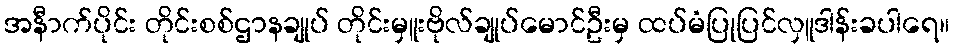
အနီာက်ပိုင်း တိုင်းစစ်ဌာနချုပ် တိုင်းမှူးဗိုလ်ချုပ်မောင်ဦးမှ ထပ်မံပြုပြင်လှူဒါန်းခပါရေ။